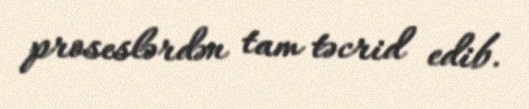
proseslərdən tam təcrid edib.